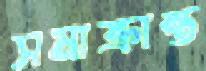
সমাক্রান্ত